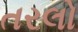
તરલો